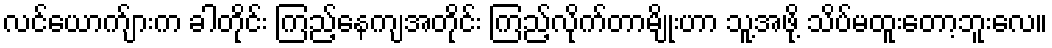
လင်ယောက်ျားက ခါတိုင်း ကြည့်နေကျအတိုင်း ကြည့်လိုက်တာမျိုးဟာ သူ့အဖို့ သိပ်မထူးတော့ဘူးလေ။